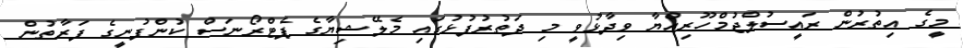
މީގެ އިތުރުން ރައީސުލްޖުމްހޫރިއްޔާ ވިދާޅުވީ މި ދަތުރުފުޅުގައި މެލޭޝިޔާގެ ޕެޓްރޯނަސް ކުންފުނީގެ ފަރާތުން